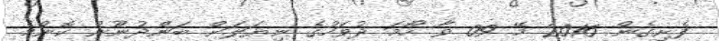
ފެށިގެން 2016 މޭ 09 ވާ ހޯމަ ދުވަހުގެ ނިޔަލަށް ބަންދުނޫން ކޮންމެ